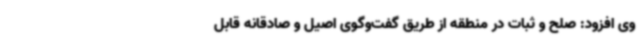
وی افزود: صلح و ثبات در منطقه از طریق گفت‌وگوی اصیل و صادقانه قابل